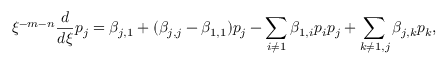
\xi ^ { - m - n } \frac { d } { d \xi } p _ { j } = \beta _ { j , 1 } + ( \beta _ { j , j } - \beta _ { 1 , 1 } ) p _ { j } - \sum _ { i \ne 1 } \beta _ { 1 , i } p _ { i } p _ { j } + \sum _ { k \ne 1 , j } \beta _ { j , k } p _ { k } ,